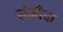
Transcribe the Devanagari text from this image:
संज़ीदा